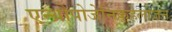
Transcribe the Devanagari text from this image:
एन्थ्रोपोजेनिकहेलोजन